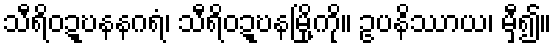
သီရိဝဍ္ဎနနဂရံ၊ သီရိဝဍ္ဎနမြို့ကို။ ဥပနိဿာယ၊ မှီ၍။